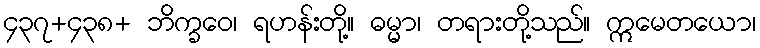
၄၃၇+၄၃၈+ ဘိက္ခဝေ၊ ရဟန်းတို့။ ဓမ္မာ၊ တရားတို့သည်။ ဣမေတယော၊